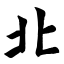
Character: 北